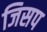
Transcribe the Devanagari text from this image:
जिसप